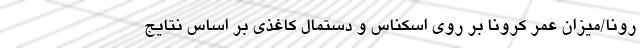
رونا/میزان عمر کرونا بر روی اسکناس و دستمال‌ کاغذی بر اساس نتایج